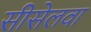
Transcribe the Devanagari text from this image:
सीसेलवा